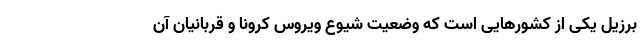
برزیل یکی از کشورهایی است که وضعیت شیوع ویروس کرونا و قربانیان آن